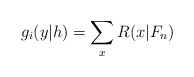
\begin{align*}g_i(y|h)=\sum_x R(x|F_n)\end{align*}